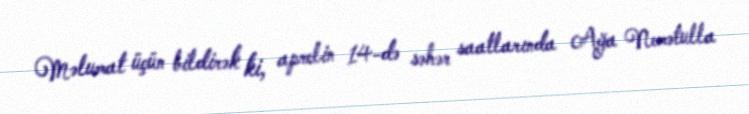
Məlumat üçün bildirək ki, aprelin 14-də səhər saatlarında Ağa Nemətulla